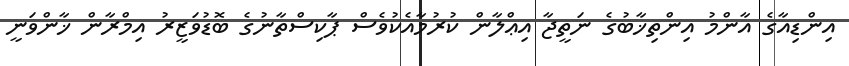
އިންޑިއާގެ އާންމު އިންތިޚާބުގެ ނަތީޖާ އިޢްލާން ކުރުމާއެކުވެސް ޕާކިސްތާނުގެ ބޮޑުވަޒީރު އިމްރާން ޚާންވަނީ